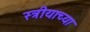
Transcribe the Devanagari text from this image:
स्त्रीयाच्या